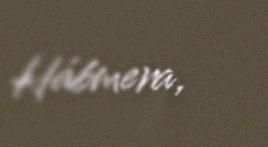
Hábmera,